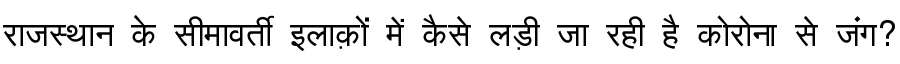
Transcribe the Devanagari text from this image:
राजस्थान के सीमावर्ती इलाक़ों में कैसे लड़ी जा रही है कोरोना से जंग?